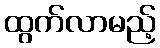
ထွက်လာမည့်